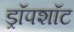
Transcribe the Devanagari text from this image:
ड्रॉपशॉट